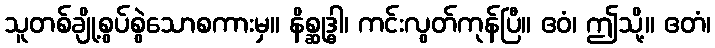
သူတစ်ချို့စွပ်စွဲသောစကားမှ။ နိစ္ဆုဒ္ဓါ၊ ကင်းလွတ်ကုန်ပြီ။ ဧဝံ၊ ဤသို့။ ဧတံ၊